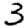
Digit: 3